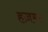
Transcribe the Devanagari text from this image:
हज़मट